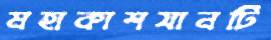
মহাকাশযানটি